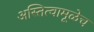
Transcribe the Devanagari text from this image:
अस्तित्वामूळेच